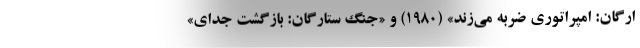
ارگان: امپراتوری ضربه می‌زند» (۱۹۸۰) و «جنگ ستارگان: بازگشت جدای»